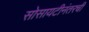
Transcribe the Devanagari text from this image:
सोसायटीनंतरची